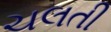
ચલતી